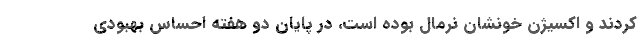
کردند و اکسیژن خونشان نرمال بوده است، در پایان دو هفته احساس بهبودی